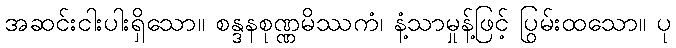
အဆင်းငါးပါးရှိသော။ စန္ဒနစုဏ္ဏမိဿကံ၊ နံ့သာမှုန့်ဖြင့် ပြွမ်းထသော။ ပု